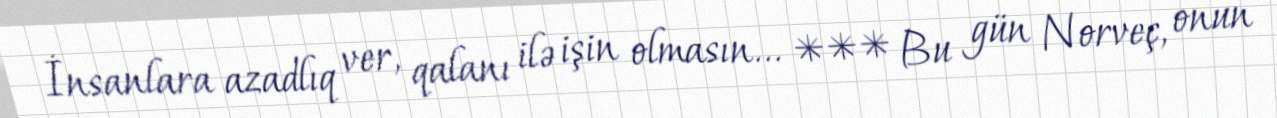
İnsanlara azadlıq ver, qalanı ilə işin olmasın... *** Bu gün Norveç, onun